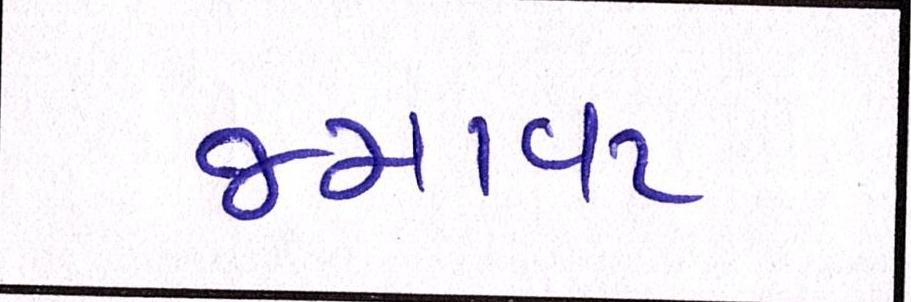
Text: જમાવટ